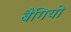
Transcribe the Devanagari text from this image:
बैगियो